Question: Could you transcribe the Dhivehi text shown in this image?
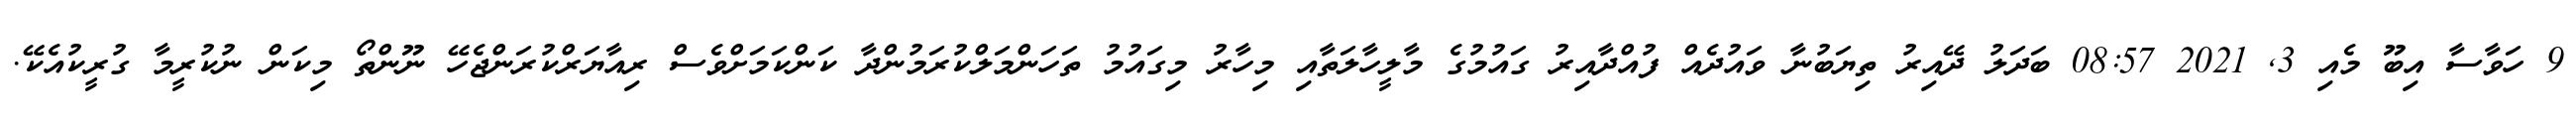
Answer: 9 ހަވާސާ އިބޫ މެއި 3, 2021 08:57 ބަދަލު ދޭއިރު ތިޔަބުނާ ވައުދެއް ފުއްދާއިރު ގައުމުގެ މާލީހާލަތާއި މިހާރު މިގައުމު ތަހަންމަލްކުރަމުންދާ ކަންކަމަށްވެސް ރިއާޔަރްކުރަންޖެހޭ ނޫންތޯ މިކަން ނުކުރީމާ ގުރީކުއެކޭ.